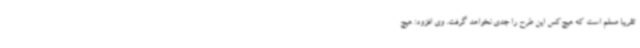
تقریبا مسلم است که هیچ‌کس این طرح را جدی نخواهد گرفت. وی افزود: هیچ